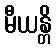
မီယန္တိ